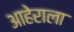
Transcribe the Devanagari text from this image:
आहेराला